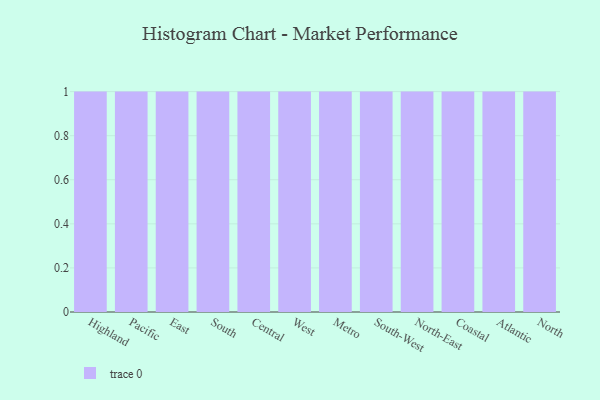
{"axis": {"x": "Region", "y": "Net Income (USD K)"}, "legend": [""], "data": [{"x": "Highland", "y": 68, "type": ""}, {"x": "Pacific", "y": 51, "type": ""}, {"x": "East", "y": 41, "type": ""}, {"x": "South", "y": 90, "type": ""}, {"x": "Central", "y": 65, "type": ""}, {"x": "West", "y": 81, "type": ""}, {"x": "Metro", "y": 40, "type": ""}, {"x": "South-West", "y": 93, "type": ""}, {"x": "North-East", "y": 41, "type": ""}, {"x": "Coastal", "y": 39, "type": ""}, {"x": "Atlantic", "y": 28, "type": ""}, {"x": "North", "y": 39, "type": ""}]}